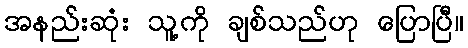
အနည်းဆုံး သူ့ကို ချစ်သည်ဟု ပြောပြီ။